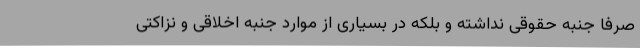
صرفاً جنبه حقوقی نداشته و بلکه در بسیاری از موارد جنبه اخلاقی و نزاکتی